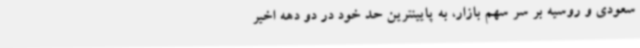
سعودی و روسیه بر سر سهم بازار، به پایینترین حد خود در دو دهه اخیر